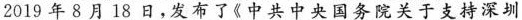
2019年8月18日，发布了\ll 中共中央国务院关于支持深圳